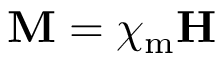
\mathbf M = \chi _ { \mathrm { m } } \mathbf H